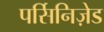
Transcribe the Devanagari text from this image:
पर्सिनिज़ेड